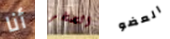
أنا الصخر العضو